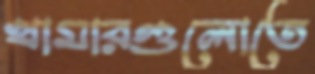
খামারগুলোতে